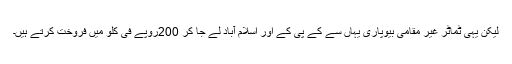
لیکن یہی ٹماٹر غیر مقامی بیوپاری یہاں سے کے پی کے اور اسلام آباد لے جا کر 200روپے فی کلو میں فروخت کرتے ہیں۔